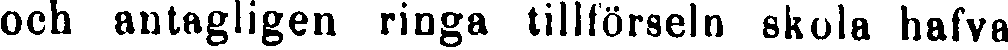
och antagligen ringa tillförseln skola hafva